Report of the Municipal Commissioner on the plague in Bombay for the year ending 31st May... - Volume 1
Disease focus: Plague
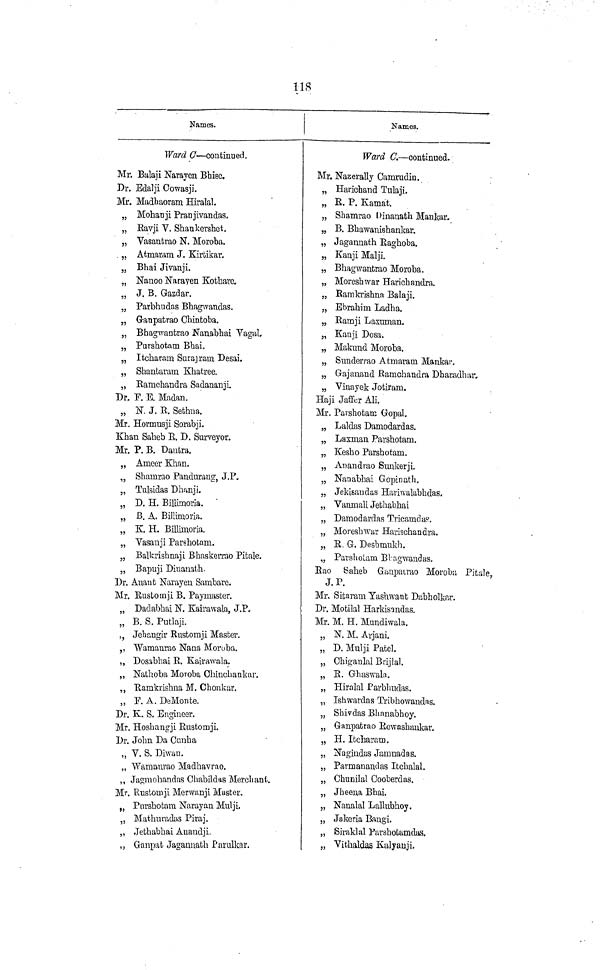
118
Names.
Ward C— continued.
Mr. Bulaji Narayen Bhise.
Dr. Edalji Cowasji.
Mr. Madbaoram Hiralal.
„ Mohanji Pranjivandas.
„ Ravji V. Shankershet.
„ Yasantrao N. Moroba.
„ Atmaram J. Kirtikar.
„ Bhai Jivanji.
„ Nanoo Narayeu Kotharc,
„ J. B. Gazdar.
„ Parbhudas Bhagwaudas.
„ Ganpatrao Ghintoba.
„ Bhagwantrao Nanabhai Vagal.
„ Purshotam Bbai.
„ Itcharam Surajram Desai.
„ Shantaram Khatree.
„ Ramchandra Sadananji.
Dr. F. E. Madan.
„ N. J. R. Setmia.
Mr, Hormusji Sorabji.
Khan Salieb R. D. Surveyor.
Mr. P. B. Dantra.
„ Ameer Khan.
„ Shainrao Pauduraug, J.P.
„ Tulsidas Dhanji.
„ D. H. Billimoria.
„ B. A. Billimoria.
„ K. H. Billimoria.
„ Vasanji Parshotam.
„ Balkrisbnaji Bhaskeraio Pitale.
„ Bapuji Dinanatih.
Dr. Auaub Narayeu Sambare.
Mr. Rustomji B. Paymaster.
„ Dadabbai N. Kairawala, J.P.
„ B. S. Putlaji.
,, Jebangir Rustomji Master.
,, Wamaurao Naua Moroba.
„ Dosabbai R. Kairawala.
„ Nathoba Moroba Ohincbankar.
„ Ramkrisbna M. Chonkar.
„ F. A. DeMonte.
Dr. K. S. Engineer.
Mr. Hosbangji Rustomji.
Dr. John Da Canha
„ V. S. Diwan.
„ Wamaurao Madbavrao.
,, Jagmohandas Chabildas Merchant.
Mr. Rustomji Merwanji Master.
" Pnrsbotam Narayan Mulji.
„ Mathuradas Piraj.
„ Jethabhai Anandji.
„ Ganpat Jaganuath Parulkar.
Names.
Ward C. — continued.
Mr. Nazerally Camrudin.
„ Harichand Tulaji.
„ R. P. Kamat.
„ Shamrao Dinanath Mankar.
„ B. Bhawanishankar,
„ Jagannath Raghoba.
„ Kanji Malji.
„ Bhagwantrao Moroba.
„ Moreshwar Haricbandra.
„ Ramkrishna Balaji.
„ Ebrahim Ladba.
„ Ramji Laxuman.
„ Kanji Dosa.
„ Makund Moroba.
„ Sunderrao Atmarain Mankar.
„ Gajauand Ramchandra Dharadbur.
„ Vinayek Jotiram.
Haji Jaffer Ali.
Mr. Parshotam Gopal.
„ Laldas Damodardas.
„ Lasman Parshotam.
„ Kesho Parshotam.
„ Anandrao Simkerji.
„ Nanabhai Gopinath.
„ Jekisandas Hariwalabhdas,
„ Vanmali Jethabhai
„ Damodardas Tricamdas.
„ Moreslnvar Harischandra.
„ R.G. Desbmukh.
„ Parshotam Bhagwandas.
Rao Saheb Ganpatrao Moroba Pitale,
J.P.
Mr. Sitaram Yasawant Dabholkar.
Dr. Motilal Harkisandas.
Mr. M. H. Mundiwala.
„ N. M. Arjani.
„ D. Mulji Patel.
„ Chiganlal Brijlal.
„ R. Ghaswala.
„ Hiralal Parbhudas.
„ Ishwardas Tribhowandns.
„ Shivdas Bhanabhoy.
„ Ganpatrao Rewashaukar.
„ H. Itcbarram.
„ Nagiudas Jamnadas.
„ Parmanandas Itchalal.
„ Chunilal Cooberdas.
„ Jheena Bhai.
„ Naualal Lallubhoy.
„ Jakeria Bangi.
„ Siraklal Parshotamdas.
„ Vitbaldas Kulyanji.